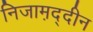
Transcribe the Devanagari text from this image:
निजाम़द्दीन